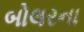
બોલરના